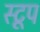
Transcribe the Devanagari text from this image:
स्टूप